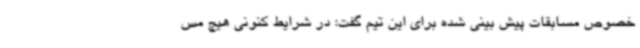
خصوص مسابقات پیش بینی شده برای این تیم گفت: در شرایط کنونی هیچ مس